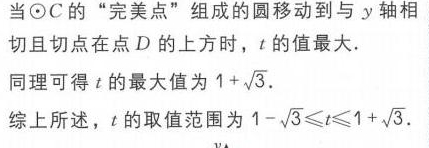
当\(\odot C\)的“完美点”组成的圆移动到与\(y\)轴相切且切点在点\(D\)的上方时，\(t\)的值最大.
同理可得\(t\)的最大值为\(1 + \sqrt{3}\).
综上所述，\(t\)的取值范围为\(1 - \sqrt{3}\leqslant t\leqslant 1 + \sqrt{3}\).